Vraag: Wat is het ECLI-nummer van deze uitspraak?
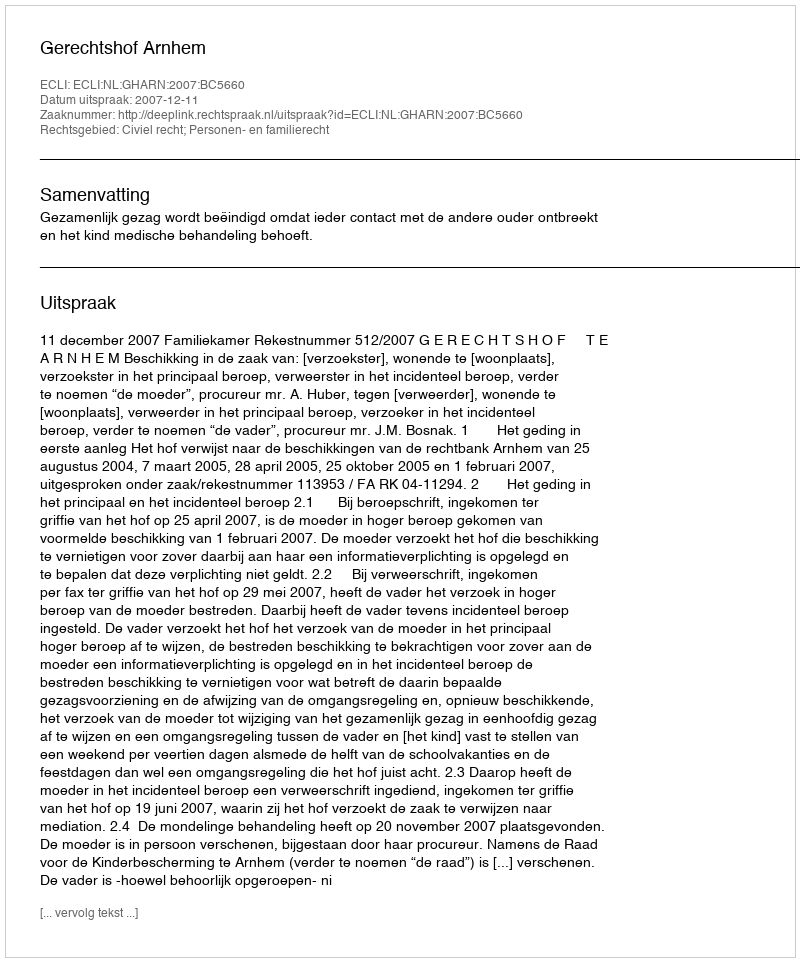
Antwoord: ECLI:NL:GHARN:2007:BC5660